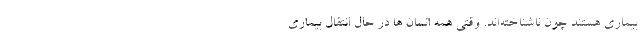
بیماری هستند چون ناشناخته‌اند. وقتی همه انسان ها در حال انتقال بیماری